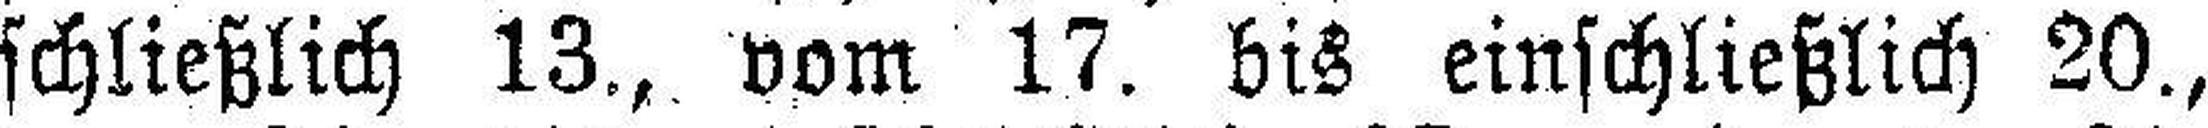
schließlich 13., vom 17. bis einschließlich 20.,